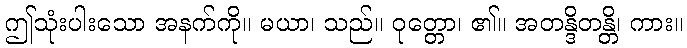
ဤသုံးပါးသော အနက်ကို။ မယာ၊ သည်။ ဝုတ္တော၊ ၏။ အတန္ဒိတန္တိ၊ ကား။